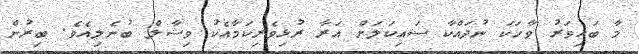
މާ ބައިވަރު ވާހަކަ ނުދައްކާ ސައިކަލަށް އަރާ ރުޅިވެރިކަމާއެކު ވިޝާލް ބުނެލިއެވެ. ބިރުން